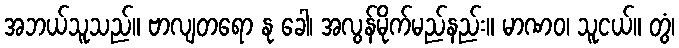
အဘယ်သူသည်။ ဗာလျတရော နု ခေါ၊ အလွန်မိုက်မည်နည်း။ မာဏဝ၊ သူငယ်။ တွံ၊